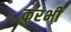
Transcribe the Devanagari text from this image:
कुरंभी